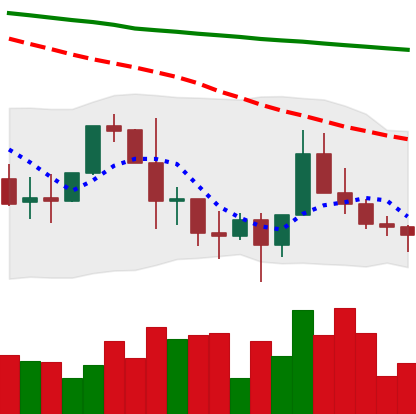
Ticker: XLM-USD
Chart end date: 2022-01-17
Forward return: -25.066%
Label: down_7plus